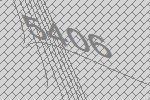
5406